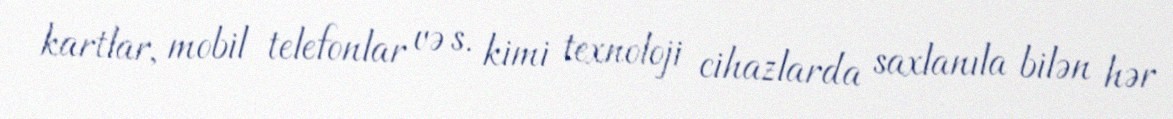
kartlar, mobil telefonlar və s. kimi texnoloji cihazlarda saxlanıla bilən hər